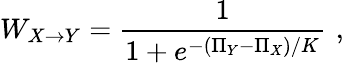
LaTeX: W_{X\rightarrow Y}=\frac{1}{1+e^{-(\Pi_{Y}-\Pi_{X})/K}}\, \, ,